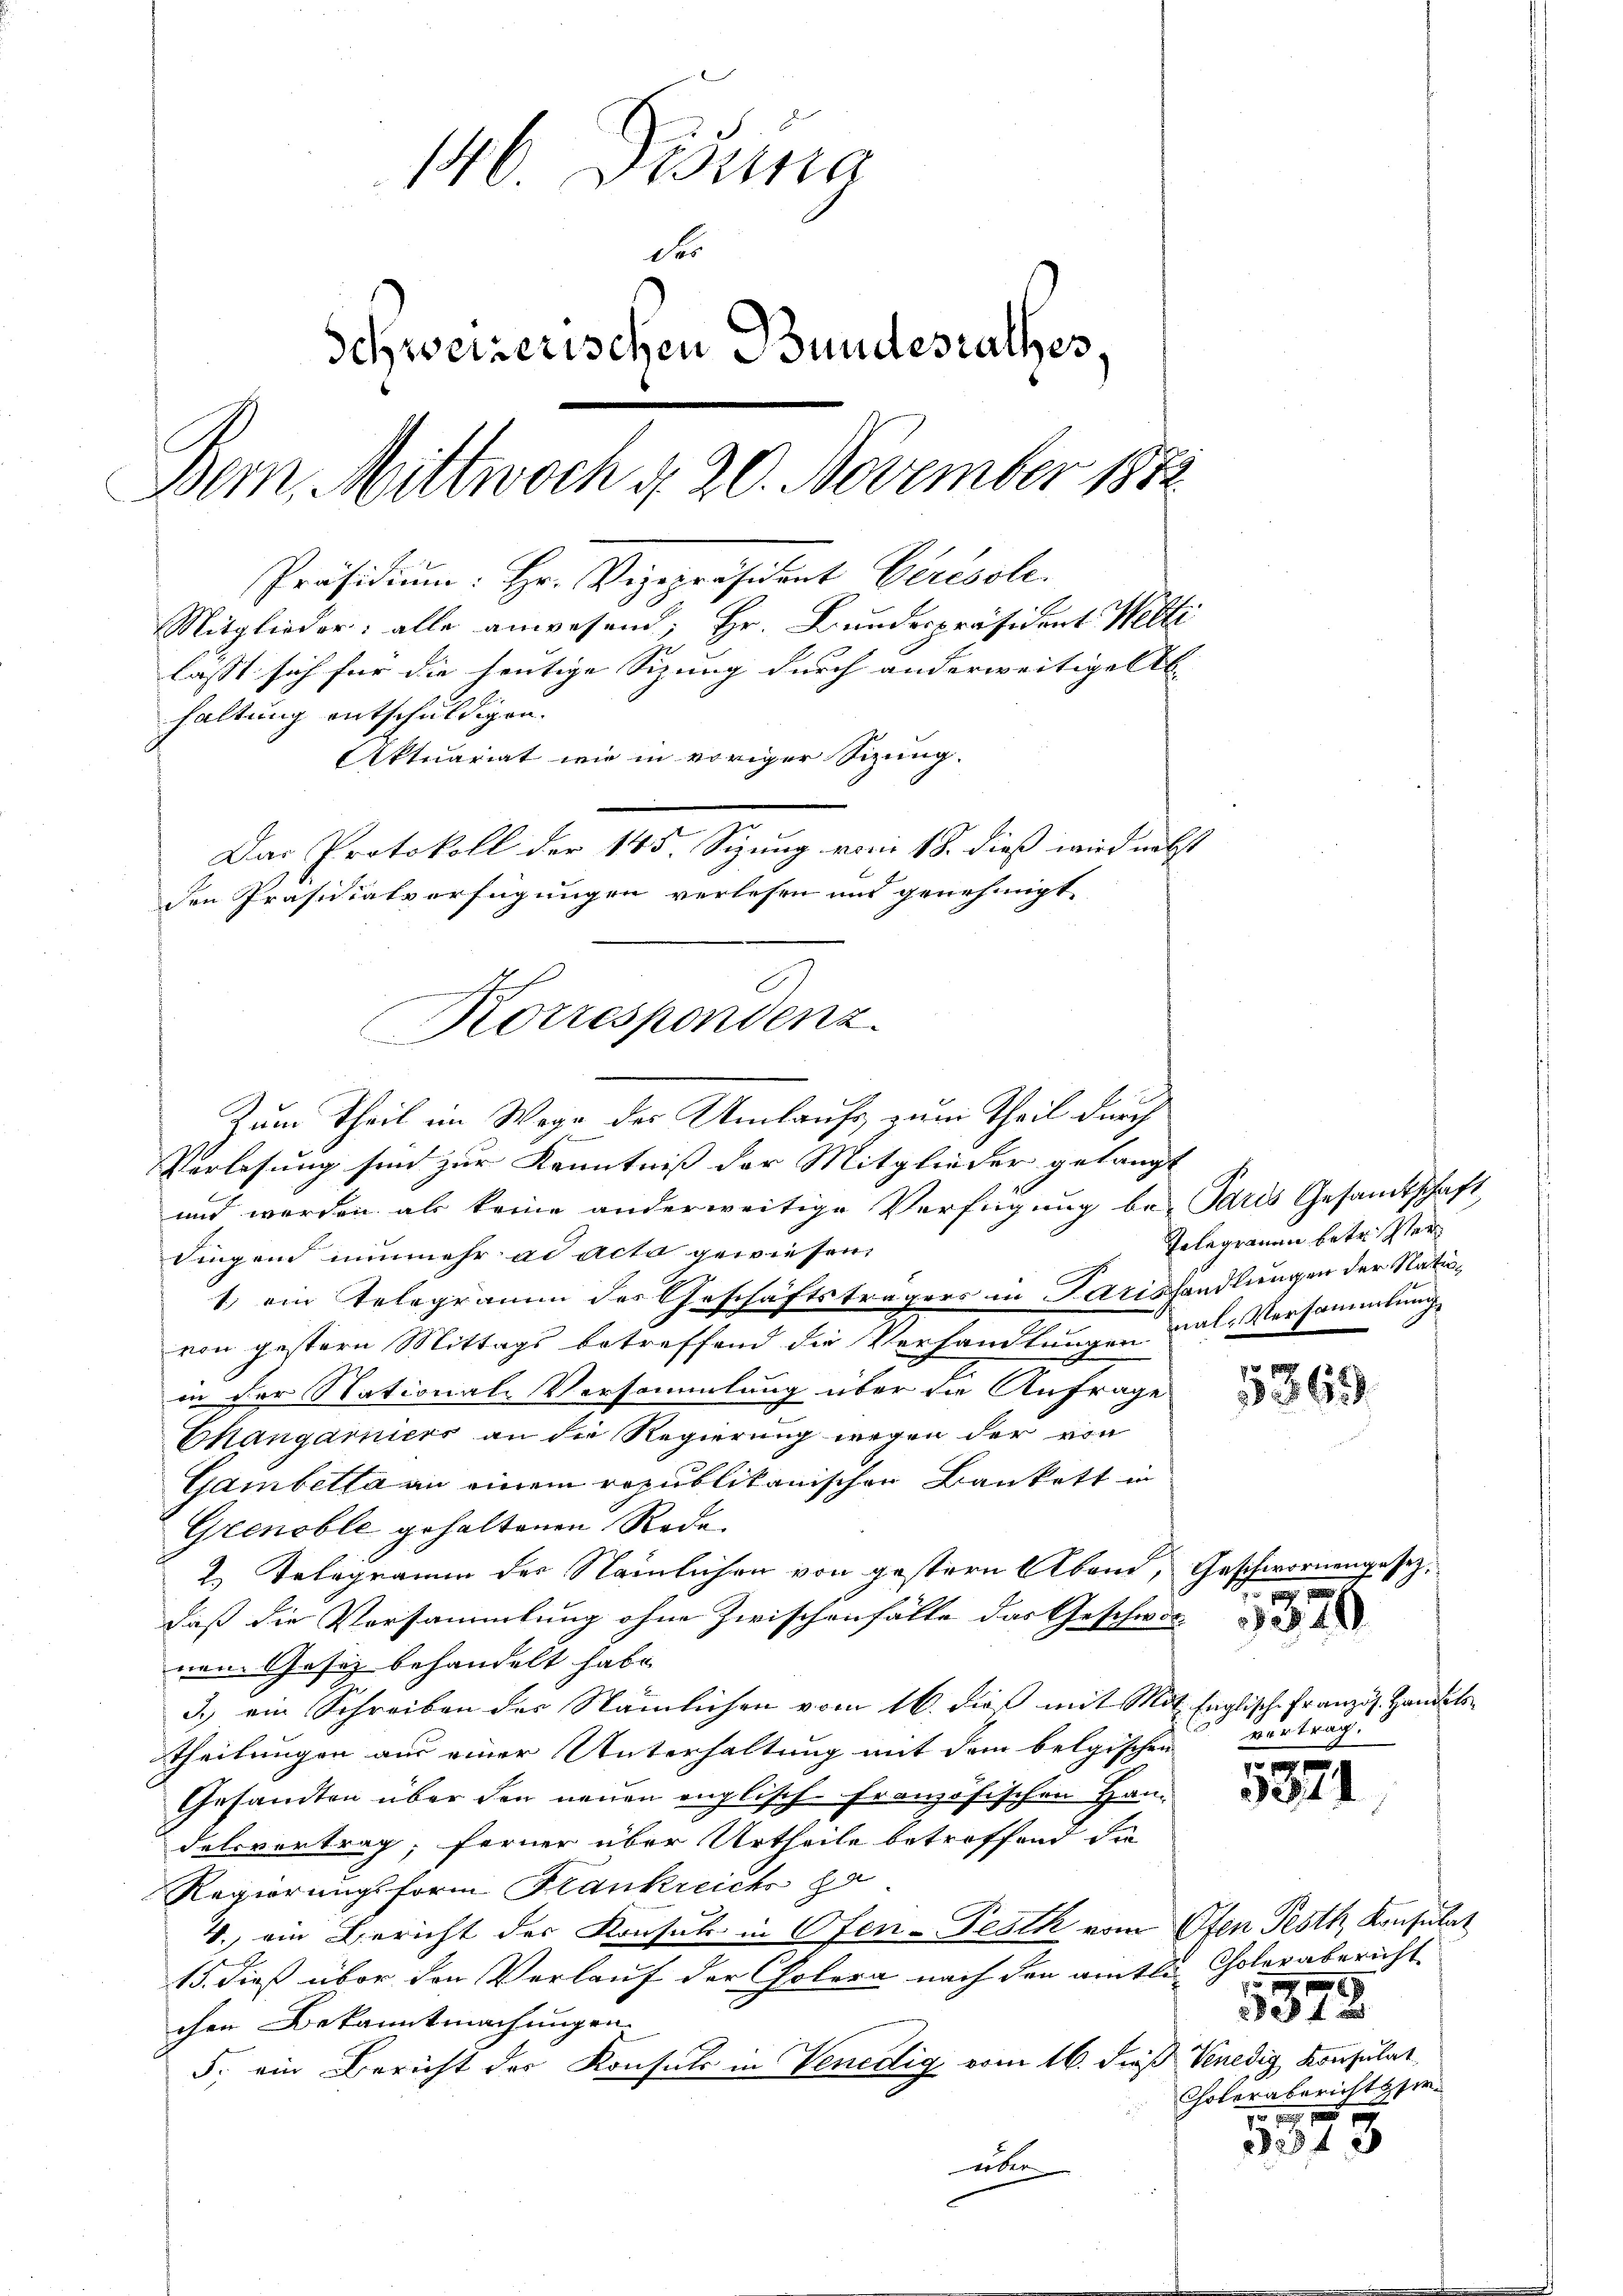
146 Pista
des
Schweizerischen Bundesrathes,
Bem Mittwoch § 20. November 1872
Präsidium. Hr. Vizepräsident Gerésole.
Mitglieder: alle anwesend: Hr. Bundespräsident Welti
lasst sich für die heutige Sizung durch anderweitige Ab- |
haltung entschuldigen.
Aktuariat wie in voriger Sizung.
Das Protokoll der 145. Sizung vom 18. dieß wird nebst
den Präsidialverfügungen verlesen und genehmigt

C
e
Korrespondenz.

Zum Theil im Wage des Umlaufs zum Theil durch
Verlesung sind zur Kenntniß der Mitglieder gelangt
und werden als keine anderweitige Verfügung be-Paris Gesandtschaft
Dingend nunmehr ad acta gewiesen.
1. ein Telegramm des Geschäftsträgers in Parishandlungen der Natiovon gestern Mittags betreffend die Verhandlungen dol. Versammlung
in der National-Versammlung über die Anfrage
Changarniers an die Regierung wegen der von
Gambetta an einem republikanischen Bankett in
Grenoble gehaltenen Rede.
2. Telegramm der Nämlichen von gestern Abend, Geschwornengesezdaß die Versammlung ohne Zwischenfälle das Geschwor
nem Gesetz behandelt habe.
B
3.) ein Schreiben der Nämlichen vom 16. dieß mit Mit Englisch-Französ. Handels
Theilungen aus einer Unterhaltung mit dem belgischen
Gesandten über den neuen englisch französischen Handelsvertrag; ferner über Urtheile betroffend die
Regierungsform Krankreichs ga
4., ein Bericht der Konsul in Ofen-Pesth vom 6ten Pesth Konsulat
15. dieß über den Verlauf der Cholera nach den amtle Cholerabericht
chen Bekanntmachungen.
5. ein Bericht der Konsuls in Venedig vom 16. Fuß Venedig Konsulat
woler

5369.

Telegrauen betr. Ver

vertrag.

1320

2947

5378.
Choleraberichtsfir¬

8234, 2

s